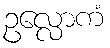
ဥလ္လောကံ